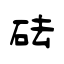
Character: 砝